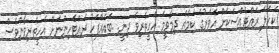
ކަހަލަ ރައްޓެއްސަކަށް އެވަރުގެ ކަމެއް ދިމާވީމަ އެހީތެރިވެ ދިނީ. .ބައެއްފަހު ރައްޓެހިންނަށް އެހީތެރިވާންވެސް